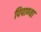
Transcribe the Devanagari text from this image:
पिपाण्या